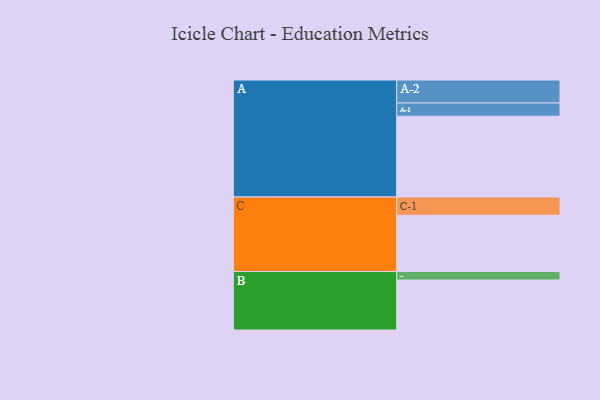
{"axis": {"x": "Segment", "y": "Value"}, "legend": ["", "A", "B", "C"], "data": [{"x": "A", "y": 562, "type": ""}, {"x": "B", "y": 348, "type": ""}, {"x": "C", "y": 391, "type": ""}, {"x": "A-1", "y": 92, "type": "A"}, {"x": "A-2", "y": 160, "type": "A"}, {"x": "B-1", "y": 59, "type": "B"}, {"x": "C-1", "y": 127, "type": "C"}]}